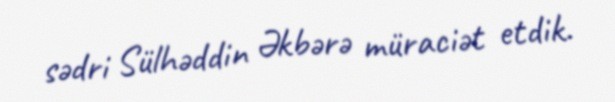
sədri Sülhəddin Əkbərə müraciət etdik.